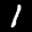
Label: 1